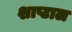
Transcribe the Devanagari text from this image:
शाप्टाल